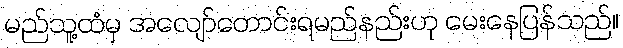
မည်သူ့ထံမှ အလျော်တောင်းရမည်နည်းဟု မေးနေပြန်သည်။